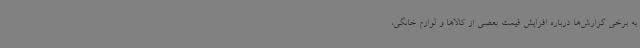
به برخی گزارش‌ها درباره افزایش قیمت بعضی از کالاها و لوازم خانگی،